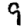
Digit: 9